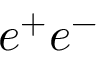
e ^ { + } e ^ { - }